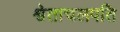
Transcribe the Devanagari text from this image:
श्वेताचलपति